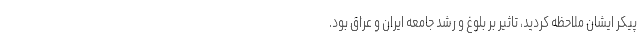
پیکر ایشان ملاحظه کردید، تاثیر بر بلوغ و رشد جامعه ایران و عراق بود.